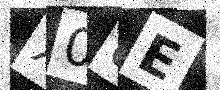
Text: X08E